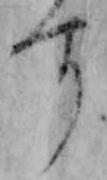
す